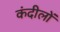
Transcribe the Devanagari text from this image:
कंदीलों